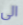
الى